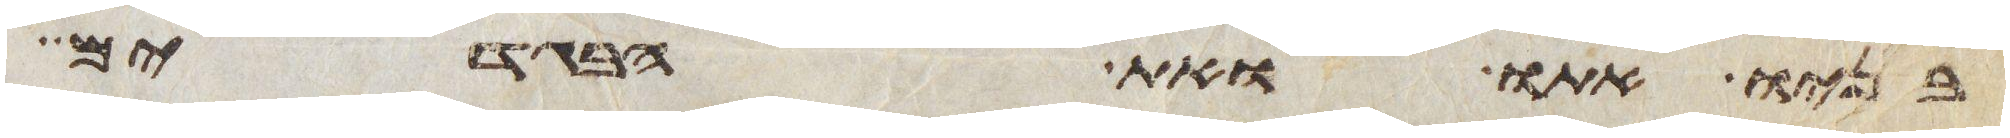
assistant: בניו אתו ואת הבגדים